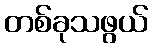
တစ်ခုသဖွယ်